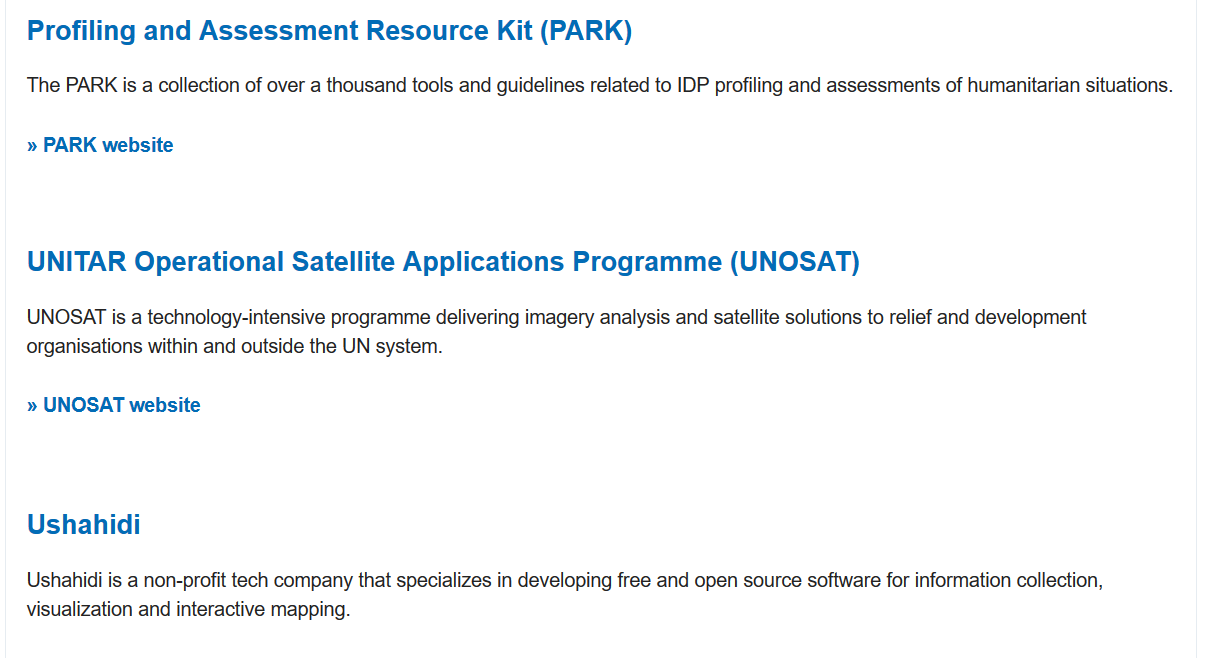
The PARK is a collection of over a thousand tools and guidelines related to IDP profiling and assessments of humanitarian situations.
   » PARK  website
   Ushahidi
   UNITAR    Operational    Satellite  Applications    Programme    (UNOSAT)
   UNOSAT is a technology-intensive programme delivering imagery analysis and satellite solutions to relief and development
   organisations within and outside the UN system.
   Ushahidi is a non-profit tech company that specializes in developing free and open source software for information collection,
   visualization and interactive mapping.
   » UNOSAT website
   Profiling   and  Assessment    Resource  Kit    (PARK)